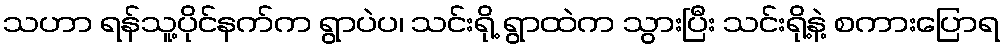
သဟာ ရန်သူ့ပိုင်နက်က ရွာပဲပ၊ သင်းရို့ ရွာထဲက သွားပြီး သင်းရို့နဲ့ စကားပြောရ